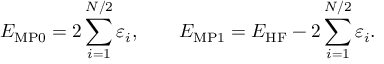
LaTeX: E _ { \mathrm { M P 0 } } = 2 \sum _ { i = 1 } ^ { N / 2 } \varepsilon _ { i } , \qquad E _ { \mathrm { M P 1 } } = E _ { \mathrm { H F } } - 2 \sum _ { i = 1 } ^ { N / 2 } \varepsilon _ { i } .